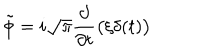
\tilde { \phi } = i \sqrt \pi { \frac { \partial } { \partial t } } \bigl ( \xi \delta ( t ) \bigr )